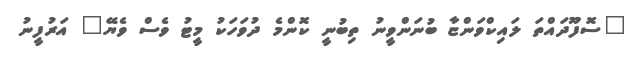
"ސޮފޫދައްތަ ލައިކްވަންޏާ ބުނަންވީނު ތިބުނީ ކޮންމެ ދުވަހަކު މީޓު ވެސް ވެޔޭ" އަރުފީނު